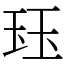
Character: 𤤴